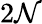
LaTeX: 2\mathcal{N}